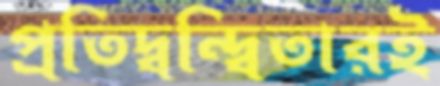
প্রতিদ্বন্দ্বিতারই